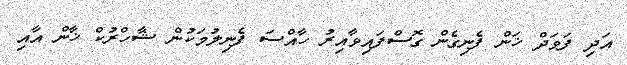
އަދި ފަވަދް ޚަން ފެނިގެން ގޮސްފައިވާއިރު ހާއްސަ ފެނިލުމަކުން ޝާހްރުކް ޚާން އާއި